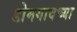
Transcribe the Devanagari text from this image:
डोमगावच्या